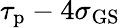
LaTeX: \tau_{\mathrm{p}}-4\sigma_{\mathrm{GS}}